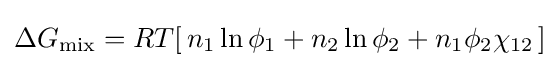
\Delta G_{\rm {mix}}=RT[\,n_{1}\ln \phi _{1}+n_{2}\ln \phi _{2}+n_{1}\phi _{2}\chi _{12}\,]